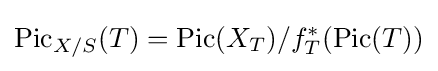
\operatorname {Pic} _{X/S}(T)=\operatorname {Pic} (X_{T})/f_{T}^{*}(\operatorname {Pic} (T))